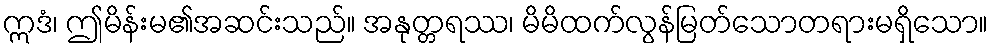
ဣဒံ၊ ဤမိန်းမ၏အဆင်းသည်။ အနုတ္တရဿ၊ မိမိထက်လွန်မြတ်သောတရားမရှိသော။